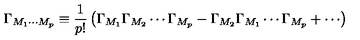
\Gamma _ { M _ { 1 } \cdots M _ { p } } \equiv \frac { 1 } { p ! } \left( \Gamma _ { M _ { 1 } } \Gamma _ { M _ { 2 } } \cdots \Gamma _ { M _ { p } } - \Gamma _ { M _ { 2 } } \Gamma _ { M _ { 1 } } \cdots \Gamma _ { M _ { p } } + \cdots \right)